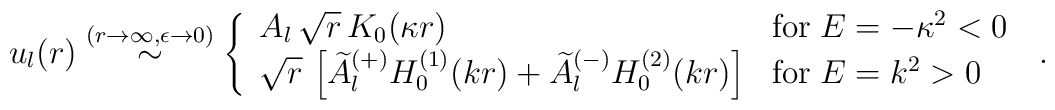
u_{l}(r) \stackrel{(r \rightarrow \infty, \epsilon \rightarrow 0)}{\sim}\left\{ \begin{array}{ll}A_{l}  \,\sqrt{r} \, K_{0} (  \kappa r ) &{\rm for} \; E=-\kappa^{2}<0\\\sqrt{r} \,\left[\widetilde{A}_{l}^{(+)} H^{(1)}_{0} (  k r )+\widetilde{A}_{l}^{(-)} H^{(2)}_{0} (  k r )\right]& {\rm for} \; E=k^{2}>0\end{array} \right.\;  .